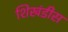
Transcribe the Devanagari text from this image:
शिखंडीस